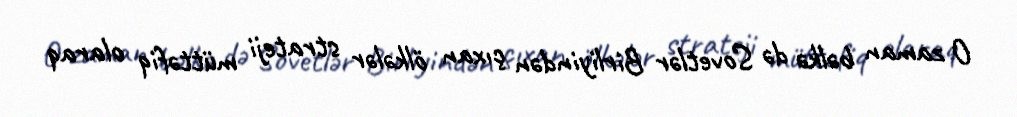
O zaman bəlkə də Sovetlər Birliyindən çıxan ölkələr strateji müttəfiq olaraq